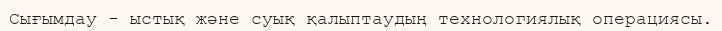
Сығымдау - ыстық және суық қалыптаудың технологиялық операциясы.